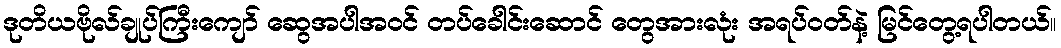
ဒုတိယဗိုလ်ချုပ်ကြီးကျော် ဆွေအပါအဝင် တပ်ခေါင်းဆောင် တွေအားလုံး အရပ်ဝတ်နဲ့ မြင်တွေ့ရပါတယ်။